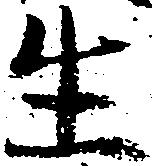
生